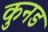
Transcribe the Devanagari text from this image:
कुनड